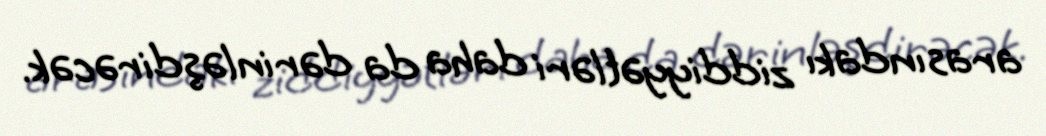
arasındakı ziddiyyətləri daha da dərinləşdirəcək.